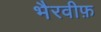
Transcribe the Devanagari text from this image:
भैरवीफ़